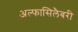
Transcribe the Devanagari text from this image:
अल्फासिलैबरी